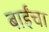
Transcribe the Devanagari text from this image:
बाईंचा